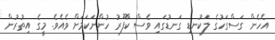
އެހެން ގަސްގަހުގެ ލަކުނޑި ގަނޑުގައި ވެސް ކާފޫރު ހުންނަކަމަށް ވެއެވެ. މީގެ އިތުރުން